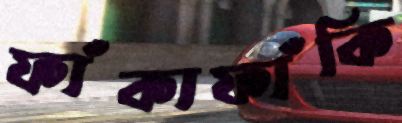
ফাঁকাফাঁকি